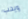
ويحب